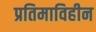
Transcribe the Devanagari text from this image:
प्रतिमाविहीन